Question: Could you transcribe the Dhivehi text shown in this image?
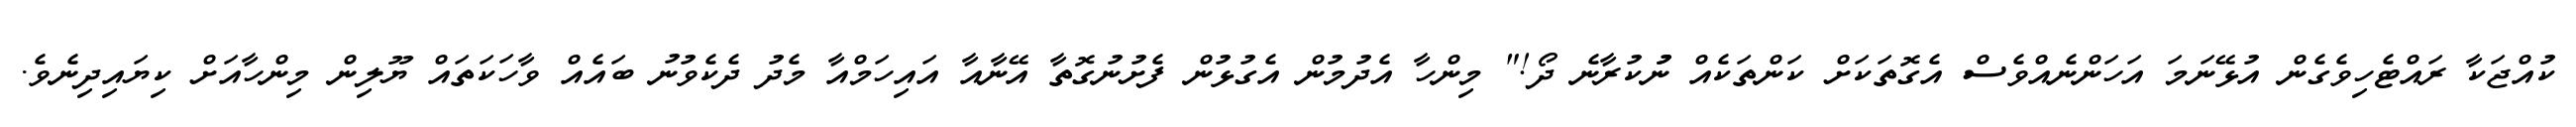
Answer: ކުއްޖަކާ ރައްޓެހިވެގެން އުޅޭނަމަ އަހަންނެއްވެސް އެގޮތަކަށް ކަންތަކެއް ނުުކުރާނެ ދޯ!" މިންހާ އެދުމުން އެގުޅުން ފެށުނުގޮތާ އޭނާއާ އައިހަމްއާ މެދު ދެކެވުނު ބައެއް ވާހަކަތައް ޔޫލިން މިންހާއަށް ކިޔައިދިނެވެ.